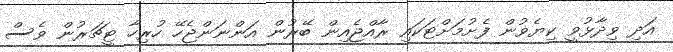
އަދި ވިދާޅުވީ ކިޔެވުން ފެށުމަށްޓަކައި ރާއްޖެއިން ބޭރުން އަންނަންޖެހޭ ހުރިހާ ޓީޗަރުން ވެސް